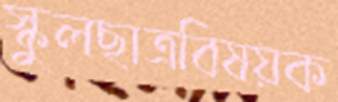
স্কুলছাত্রবিষয়ক